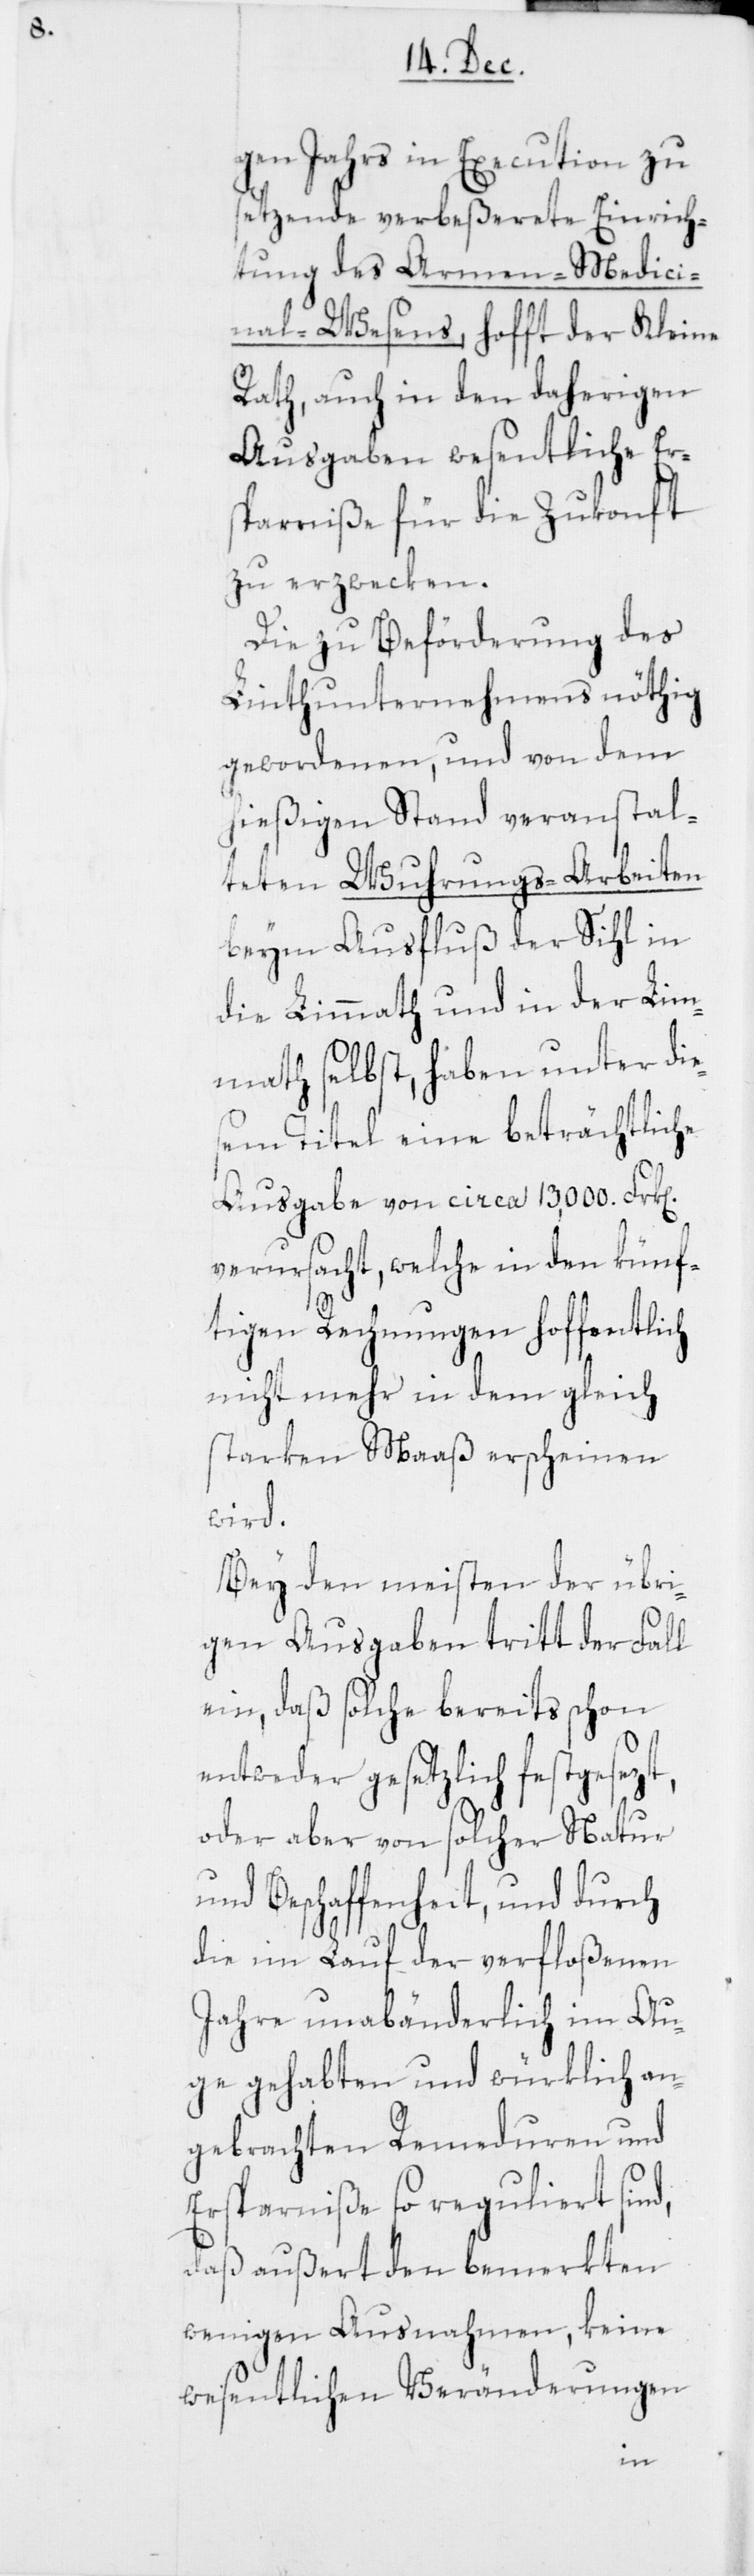
gen Jahrs in Execution zu
setzende verbeßerete Einrich¬
tung des Armen-Medici¬
nal-Wesens, hofft der Kleine
Rath, auch in den daherigen
Ausgaben wesentliche Ers¬
parrniße für die Zukonft
zu erzwecken.
Die zu Beförderung des
Linthunternehmens nöthig
gewordenen, und von dem
hießigen Stand veranstal¬
teten Wuhrungs-Arbeiten
beim Ausfluß der Sihl in
die Limmath und in der Lim¬
math selbst, haben unter die¬
sem Titel eine beträchtliche
Ausgabe von circa 13,000. Frk[e¬
verursacht, welche in den künf¬
tigen Rechnungen hoffentlich
nicht mehr in dem gleich
starken Maaß erscheinen
wird.
Bey den meisten der übri¬
gen Ausgaben tritt der Fall
ein, daß solche bereits schon
entweder gesetzlich festgesezt,
oder aber von solcher Natur
und Beschaffenheit, und durch
die im Lauf der verfloßenen
Jahre unabänderlich im Au¬
ge gehabten und würklich an¬
gebrachten Remeduren und
Ersparniße so reguliert sind,
daß außert den bemerkten
wenigen Ausnahmen, keine
wesentlichen Veränderungen
n].